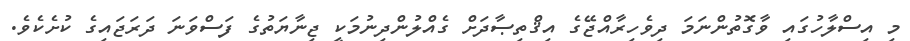
މި އިސްލާހުގައި ވާގޮތުންނަމަ ދިވެހިރާއްޖޭގެ އިޤްތިޞާދަށް ގެއްލުންދިނުމަކީ ޖިނާޔަތުގެ ފަސްވަނަ ދަރަޖައިގެ ކުށެކެވެ.